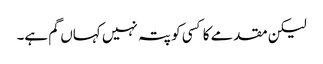
لیکن مقدمے کا کسی کو پتہ نہیں کہاں گم ہے۔